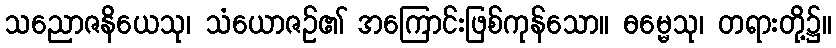
သညောဇနိယေသု၊ သံယောဇဉ်၏ အကြောင်းဖြစ်ကုန်သော။ ဓမ္မေသု၊ တရားတို့၌။